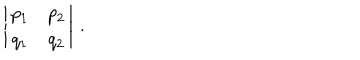
LaTeX: \left| \begin{matrix} { { p _ { 1 } } } & { { p _ { 2 } } } \\ { { q _ { 1 } } } & { { q _ { 2 } } } \\ \end{matrix} \right| \, .